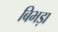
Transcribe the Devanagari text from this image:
बिभड़ा